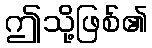
ဤသို့ဖြစ်၏